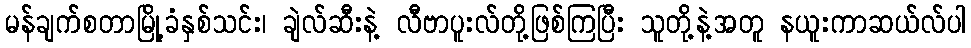
မန်ချက်စတာမြို့ခံနှစ်သင်း၊ ချဲလ်ဆီးနဲ့ လီဗာပူးလ်တို့ဖြစ်ကြပြီး သူတို့နဲ့အတူ နယူးကာဆယ်လ်ပါ